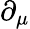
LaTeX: \partial_{\mu}